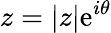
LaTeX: z=|z|\mathrm{e}^{i\theta}